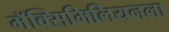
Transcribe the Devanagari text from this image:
मॅक्सिमिलियनला